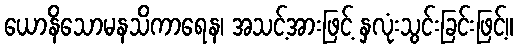
ယောနိသောမနသိကာရေန၊ အသင့်အားဖြင့် နှလုံးသွင်းခြင်းဖြင့်။